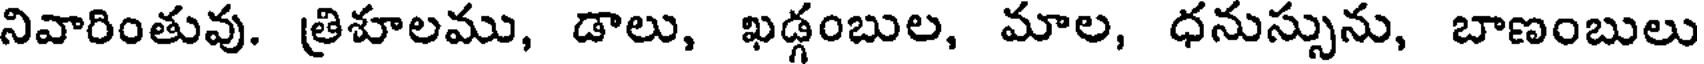
నివారింతువు. త్రిశూలము, డాలు, ఖడ్గంబుల, మాల, ధనుస్సును, బాణంబులు